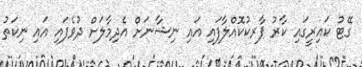
ގޭޓު ކައިރީގައި ކާރު ޕާރކުކޮއްލާފައި އައި ނިޝާނަށް އެދިމާލަށް ދުވެފައި އައި ނިކަތު